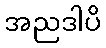
အညဒါပိ